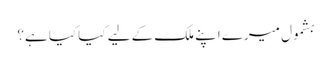
بشمول میرے اپنے ملک کے لیے کیا کیا ہے؟